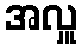
အလှူ